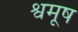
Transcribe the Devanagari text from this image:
श्वमूष